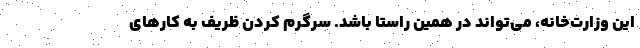
این وزارت‌خانه، می‌تواند در همین راستا باشد. سرگرم کردن ظریف به کارهای